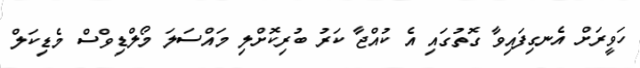
ހަވީރަށް އެނގިފައިވާ ގޮތުގައި އެ ކުއްޖާ ކަރު ބުރިކޮށްލި މައްސަލަ މޯލްޑިވްސް މެޑިކަލް